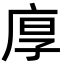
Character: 𢈲